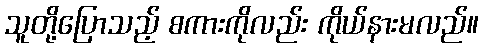
သူတို့ပြောသည့် စကားကိုလည်း ကိုယ်နားမလည်။